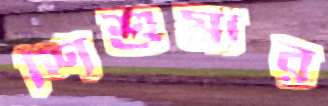
শিশুমার